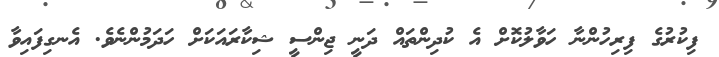
ފިކުރުގެ ފިރިހުންނާ ހަވާލުކޮށް އެ ކުދިންތައް ދަނީ ޖިންސީ ޝިކާރައަކަށް ހަދަމުންނެވެ. އެނގިފައިވާ